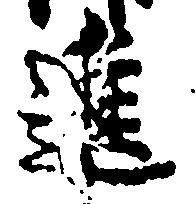
進